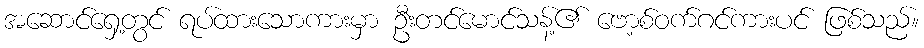
အဆောင်ရှေ့တွင် ရပ်ထားသောကားမှာ ဦးတင်မောင်သန့်၏ ဗော့စ်ဝက်ဂင်ကားပင် ဖြစ်သည်။